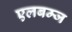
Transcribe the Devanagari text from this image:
एलबम्ज